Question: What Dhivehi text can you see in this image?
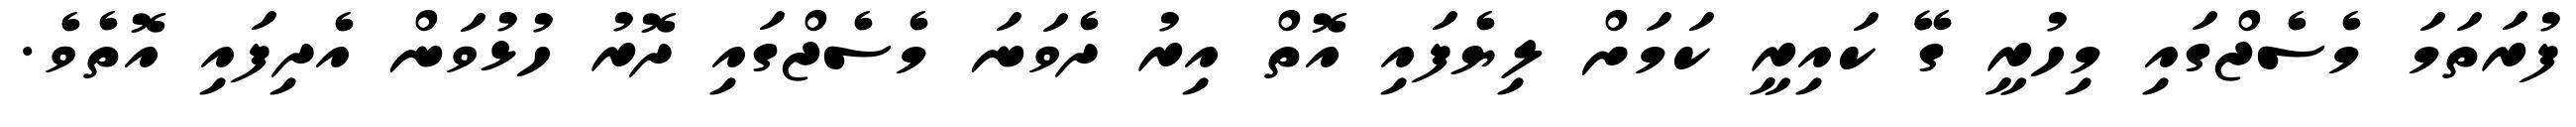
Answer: ފުރަތަމަ މެސެޖްގައި މިހުރީ ގޭ ކައިރީ ކަމަށް ލިޔެފައި އޮތް އިރު ދެވަނަ މެސެޖްގައި ދޮރު ހުޅުވަން އެދިފައި އޮތެވެ.